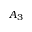
A _ { 3 }